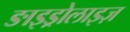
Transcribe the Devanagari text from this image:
ङाइड्रोलाइज़